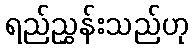
ရည်ညွှန်းသည်ဟု